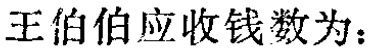
王伯伯应收钱数为：